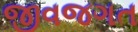
જીવજગત